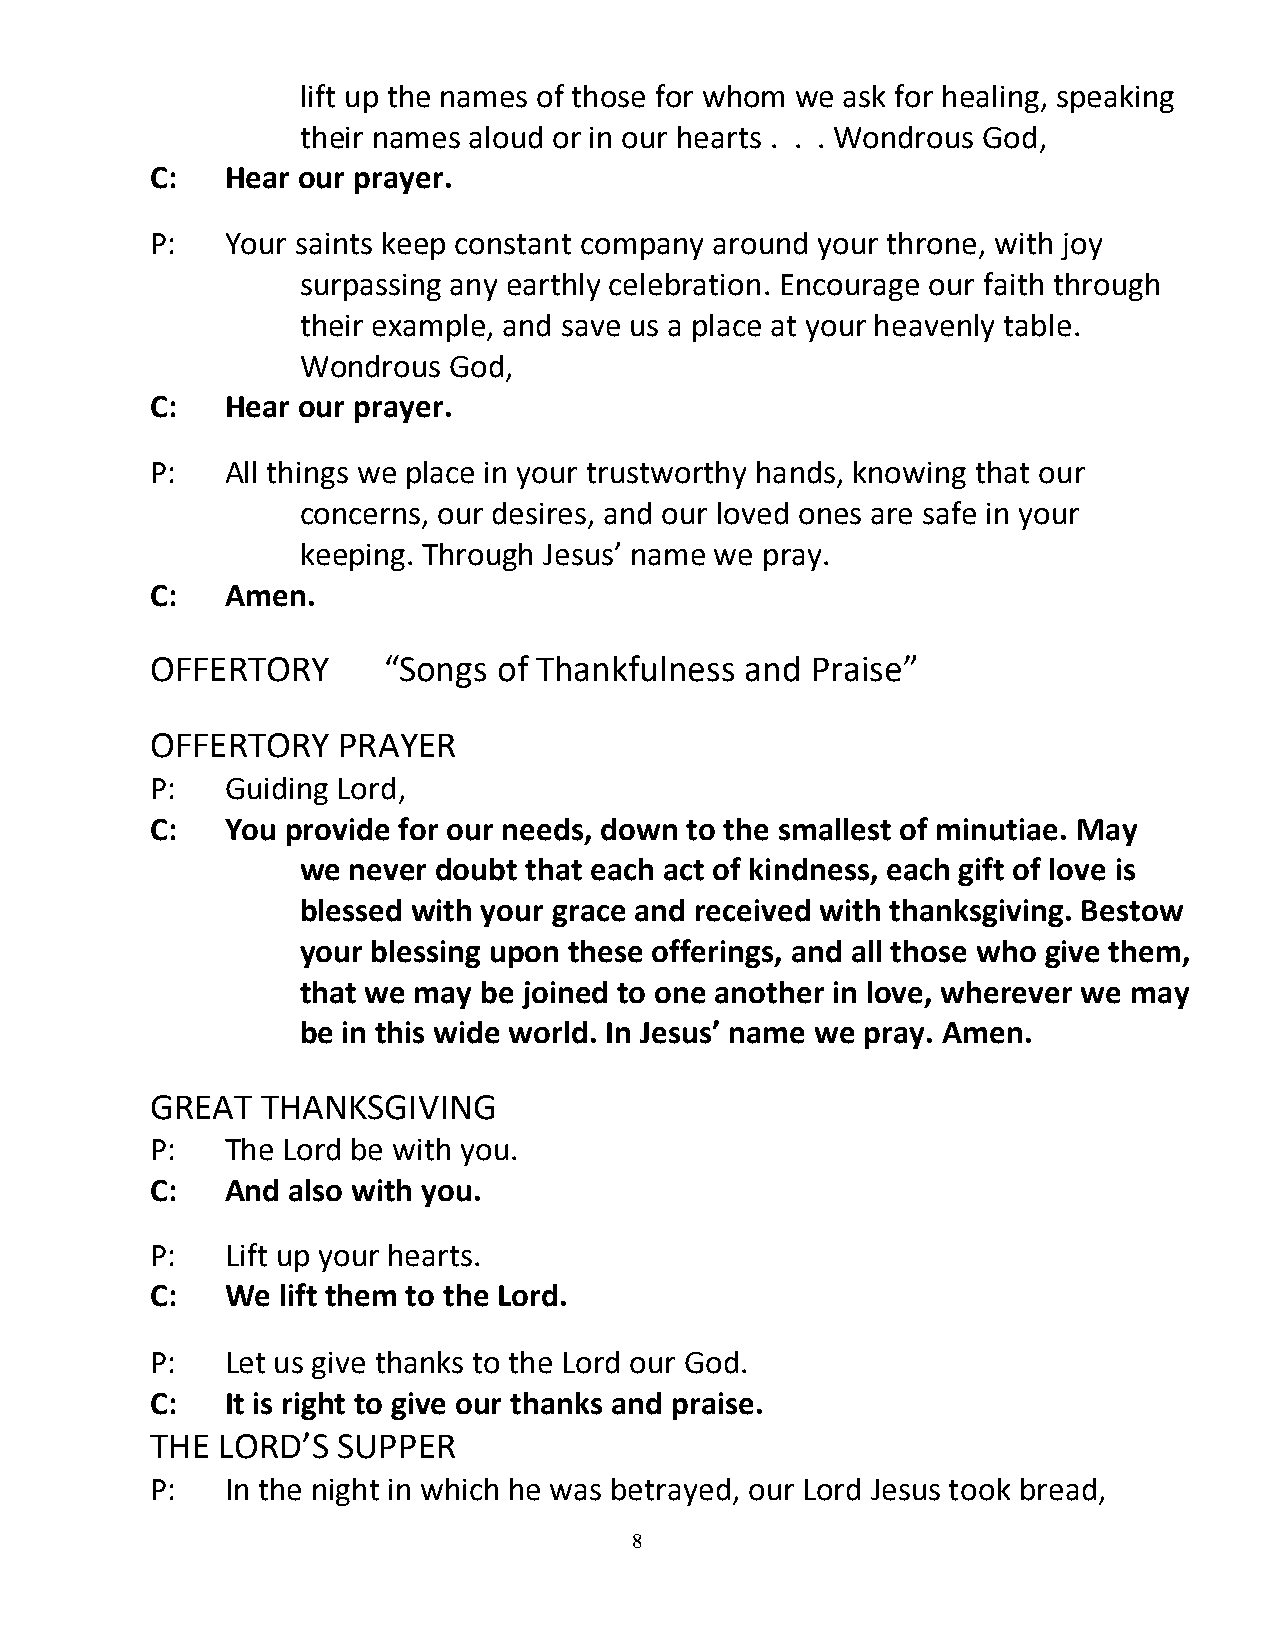
lift up the names of those for whom we ask for healing, speaking
 their names aloud or in our hearts . . . Wondrous God,
 C:   Hear our prayer.
 P:   Your saints keep constant company around your throne, with joy
 surpassing any earthly celebration. Encourage our faith through
 their example, and save us a place at your heavenly table.
 Wondrous  God,
 C:   Hear our prayer.
 P:   All things we place in your trustworthy hands, knowing that our
 concerns, our desires, and our loved ones are safe in your
 keeping. Through Jesus’ name we pray.
 C:   Amen.
 OFFERTORY      “Songs  of Thankfulness and  Praise”
 OFFERTORY   PRAYER
 P:   Guiding Lord,
 C:   You provide for our needs, down to the smallest of minutiae. May
 we never doubt that each act of kindness, each gift of love is
 blessed with your grace and received with thanksgiving. Bestow
 your blessing upon these offerings, and all those who give them,
 that we may be joined to one another in love, wherever we may
 be in this wide world. In Jesus’ name we pray. Amen.
 GREAT  THANKSGIVING
 P:   The Lord be with you.
 C:   And also with you.
 P:   Lift up your hearts.
 C:   We  lift them to the Lord.
 P:   Let us give thanks to the Lord our God.
 C:   It is right to give our thanks and praise.
 THE LORD’S  SUPPER
 P:   In the night in which he was betrayed, our Lord Jesus took bread,
 8